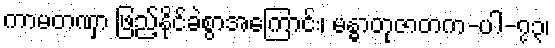
ကာမတဏှာ ဖြည့်နိုင်ခဲစွာအကြောင်း၊ မန္ဓာတုဇာတက-ပါ-၇၃၊